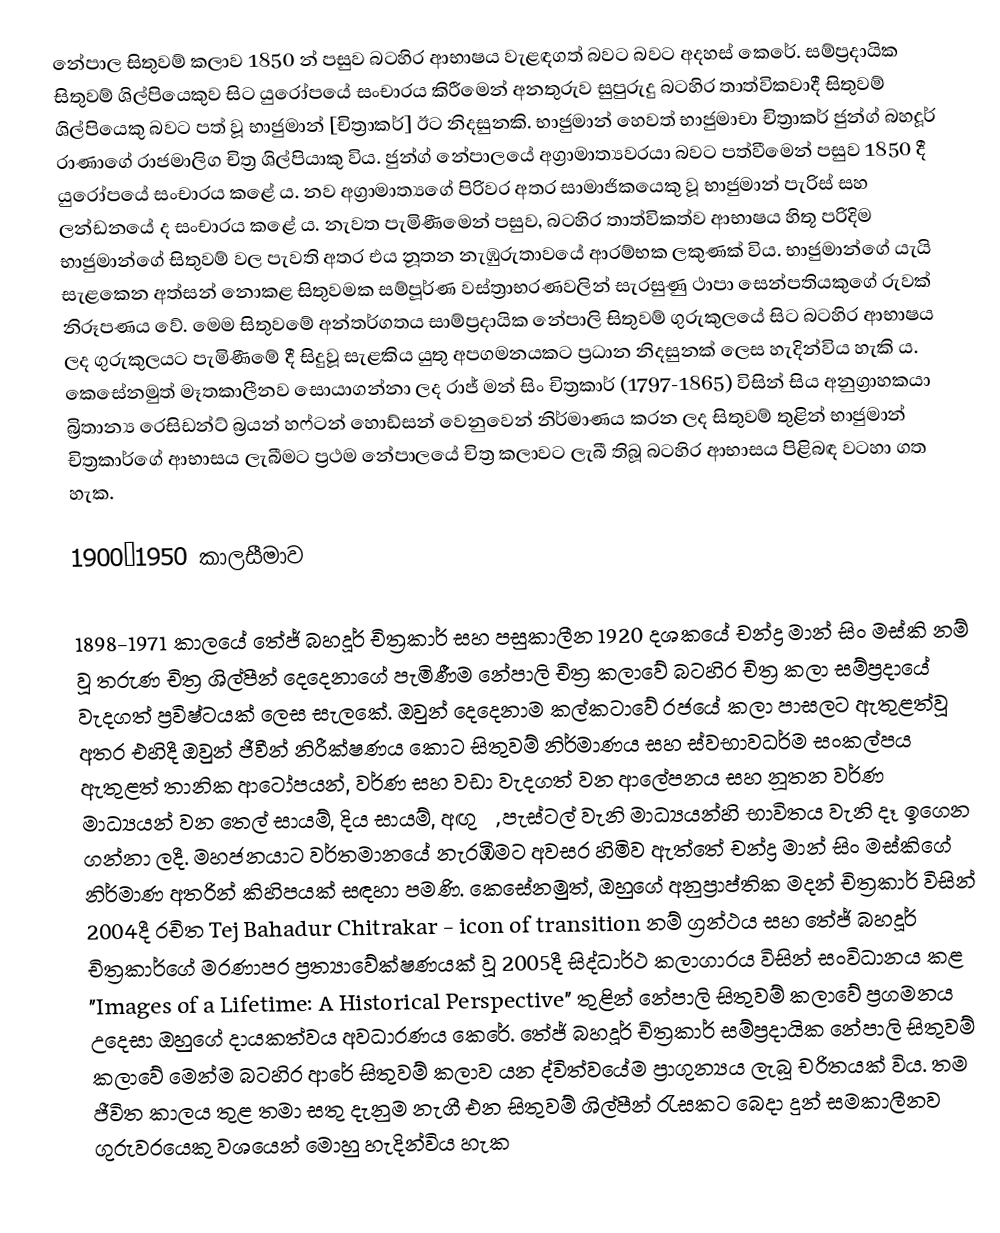
නේපාල සිතුවම් කලාව 1850 න් පසුව බටහිර ආභාෂය වැළඳගත් බවට බවට අදහස් කෙරේ. සම්ප්‍රදායික සිතුවම් ශිල්පියෙකුව සිට යුරෝපයේ සංචාරය කිරීමෙන් අනතුරුව සුපුරුදු බ‍ටහිර තාත්විකවාදී සිතුවම් ශිල්පියෙකු බවට පත් වූ භාජුමාන් [චිත්‍රාකර්] ඊට නිදසුනකි. භාජුමාන් හෙවත් භාජුමාචා චිත්‍රාකර් ජුන්ග් බහදූර් රාණාගේ රාජමාලිග චිත්‍ර ශිල්පියාකු විය. ජුන්ග් නේපාලයේ අග්‍රාමාත්‍යවරයා බවට පත්වීමෙන් පසුව 1850 දී යුරෝපයේ සංචාරය කළේ ය. නව අග්‍රාමාත්‍යගේ පිරිවර අතර සාමාජිකයෙකු වූ භාජුමාන් පැරිස් සහ ලන්ඩනයේ ද සංචාරය කළේ ය. නැවත පැමිණීමෙන් පසුව, බටහිර තාත්විකත්ව ආභාෂය  හිතූ පරිදිම භාජුමාන්ගේ සිතුවම් වල පැවති අතර එය නූතන නැඹුරුතාවයේ ආරම්භක ලකුණක් විය. භාජුමාන්ගේ යැයි සැළකෙන අත්සන් නොකළ සිතුවමක සම්පූර්ණ වස්ත්‍රාභරණවලින් සැරසුණු ථාපා සෙන්පතියකුගේ රුවක් නිරූපණය වේ. මෙම සිතුවමේ අන්තර්ගතය සාම්ප්‍රදායික නේපාලි සිතුවම් ගුරුකුලයේ සිට බටහිර ආභාෂය ලද ගුරුකුලයට පැමිණීමේ දී සිදුවූ සැළකිය යුතු අපගමනයකට  ප්‍රධාන නිදසුනක් ලෙස හැදින්විය හැකි ය. කෙසේනමුත් මෑතකාලීනව සොයාගන්නා ලද රාජ් මන් සිං චිත්‍රකාර් (1797-1865) විසින් සිය අනුග්‍රාහකයා බ්‍රිතාන්‍ය රෙසිඩන්ට් බ්‍රයන් හෆ්ටන් හොඩ්සන් වෙනුවෙන් නිර්මාණය කරන ලද සිතුවම් තුළින් භාජුමාන් චිත්‍රකාර්ගේ ආභාසය ලැබීමට ප්‍රථම නේපාලයේ චිත්‍ර කලාවට ලැබී තිබූ බටහිර ආභාසය පිළිබඳ වටහා ගත හැක.

1900–1950 කාලසීමාව

1898-1971 කාලයේ තේජ් බහදූර් චිත්‍රකාර් සහ පසුකාලීන 1920 දශකයේ චන්ද්‍ර මාන් සිං මස්කි නම් වූ තරුණ චිත්‍ර ශිල්පීන් දෙදෙනාගේ පැමිණීම නේපාලි චිත්‍ර කලාවේ බටහිර චිත්‍ර කලා සම්ප්‍රදායේ වැදගත් ප්‍රවිෂ්ටයක් ලෙස සැලකේ. ඔවුන් දෙදෙනාම කල්කටාවේ රජයේ කලා පාසලට ඇතුළත්වූ අතර එහිදී ඔවුන් ජීවීන් නිරීක්ෂණය කොට සිතුවම් නිර්මාණය සහ ස්වභාවධර්ම සංකල්පය ඇතුළත් තානික ආටෝපයන්, වර්ණ සහ වඩා වැදගත් වන ආලේපනය සහ නූතන වර්ණ මාධ්‍යයන් වන තෙල් සායම්, දිය සායම්, අඟුරු, පැස්ටල් වැනි මාධ්‍යයන්හි භාවිතය වැනි දෑ ඉගෙන ගන්නා ලදී. මහජනයාට වර්තමානයේ නැරඹීමට අවසර හිමිව ඇත්තේ චන්ද්‍ර මාන් සිං මස්කිගේ නිර්මාණ අතරින් කිහිපයක් සඳහා පමණි. කෙසේනමුත්, ඔහුගේ අනුප්‍රාප්තික මදන් චිත්‍රකාර් විසින් 2004දී රචිත Tej Bahadur Chitrakar - icon of transition නම් ග්‍රන්ථය සහ තේජ් බහදූර් චිත්‍රකාර්ගේ මරණාපර ප්‍රත්‍යාවේක්ෂණයක් වූ 2005දී සිද්ධාර්ථ කලාගාරය විසින් සංවිධානය කළ "Images of a Lifetime: A Historical Perspective" තුළින් නේපාලි සිතුවම් කලාවේ ප්‍රගමනය උදෙසා ඔහුගේ දායකත්වය අවධාරණය කෙරේ. තේජ් බහදූර් චිත්‍රකාර් සම්ප්‍රදායික නේපාලි සිතුවම් කලාවේ ‍මෙන්ම බටහිර ආරේ සිතුවම් කලාව යන ද්විත්වයේම ප්‍රාගුන්‍යය ලැබූ චරිතයක් විය. තම ජීවිත කාලය තුළ තමා සතු දැනුම නැගී එන සිතුවම් ශිල්පීන්  රැසකට බෙදා දුන් සමකාලීනව ගුරුවරයෙකු වශයෙන් මොහු හැදින්විය හැක